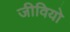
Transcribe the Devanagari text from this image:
जीवियो